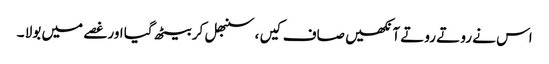
اس نے رو تے روتے آنکھیں صاف کیں ، سنبھل کر بیٹھ گیا اور غصے میں بولا ۔